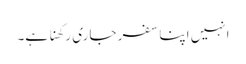
انہیں اپنا سفر جاری رکھنا ہے۔